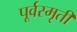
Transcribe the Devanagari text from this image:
पूर्वस्मृती